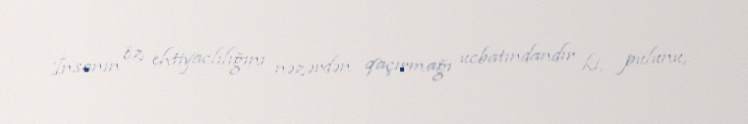
İnsanın öz ehtiyaclılığını nəzərdən qaçırmağı ucbatındandır ki, pulunu,